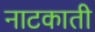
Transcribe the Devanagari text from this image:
नाटकाती